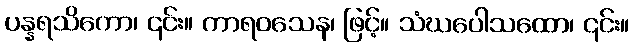
ပန္နရသိကော၊ ၎င်း။ ကာရဝသေန၊ ဖြင့်။ သံဃပေါသထော၊ ၎င်း။